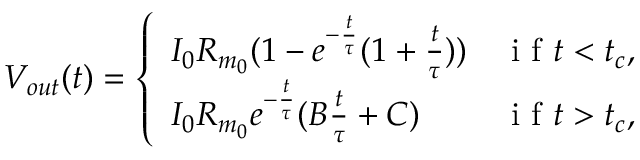
V _ { o u t } ( t ) = \left\{ \begin{array} { l l } { I _ { 0 } R _ { m _ { 0 } } ( 1 - e ^ { - \frac { t } { \tau } } ( 1 + \frac { t } { \tau } ) ) } & { \mathrm { ~ i ~ f ~ } t < t _ { c } , } \\ { I _ { 0 } R _ { m _ { 0 } } e ^ { - \frac { t } { \tau } } ( B \frac { t } { \tau } + C ) } & { \mathrm { ~ i ~ f ~ } t > t _ { c } , } \end{array} \right.